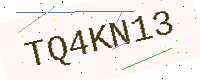
Text: TQ4KN13